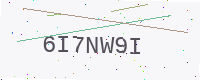
Text: 6I7NW9I